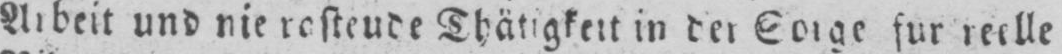
in der Sorge fur reelle